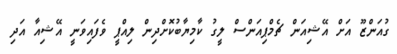
ގުއަންޒޫ އަށް އޭޝިއަން ޗެމްޕިއަންސް ލީގު ކާމިޔާބުކޮށްދިން ލިއްޕީ ވެފައިވަނީ އޭޝިއާ އަދި